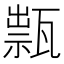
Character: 𤭽